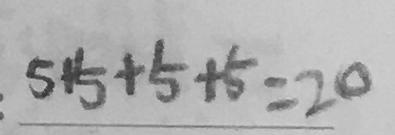
5 + 5 + 5 + 5 = 2 0